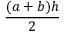
{ \frac { ( a + b ) h } { 2 } } \,